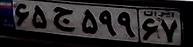
۶۵ج۵۹۹۶۷